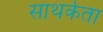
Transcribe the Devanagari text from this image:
साथर्कता